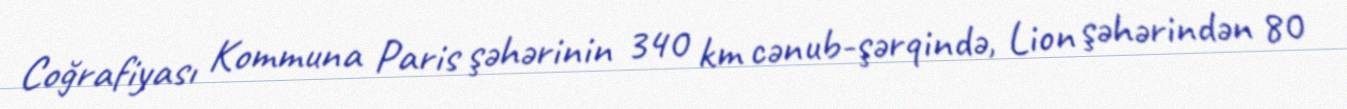
Coğrafiyası Kommuna Paris şəhərinin 340 km cənub-şərqində, Lion şəhərindən 80